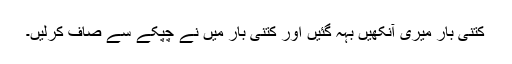
کتنی بار میری آنکھیں بہہ گئیں اور کتنی بار میں نے چپکے سے صاف کرلیں۔